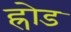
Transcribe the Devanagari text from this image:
ह्रोड